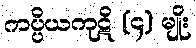
ကပ္ပိယကုဋိ (၄) မျိုး